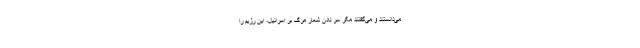
می‌دانستند و می‌گفتند مگر سر دادن شعار مرگ بر اسرائیل، این رژیم را